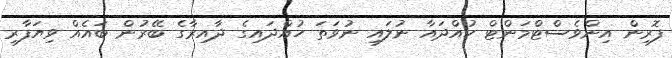
ފޮރިން އިންވެސްޓްމަންޓް ހުއްދައާ ނުލައި ނުވަތަ ހުއްދައިގެ ދާއިރާގެ ބޭރުން ބައެއް ވިޔަފާރި